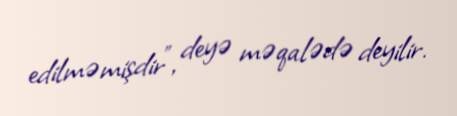
edilməmişdir”, deyə məqalədə deyilir.